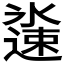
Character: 𬩏